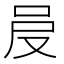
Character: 𠰎